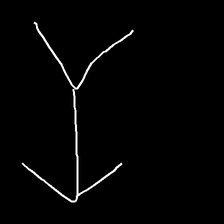
Glyph: gather